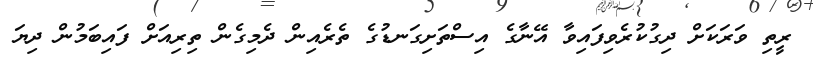
ރީތި ވަރަކަށް ދިގުކުރެވިފައިވާ އޭނާގެ އިސްތަށިގަނޑުގެ ތެރެއިން ދެމިގެން ތިރިއަށް ފައިބަމުން ދިޔަ